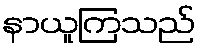
နာယူကြသည်